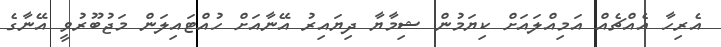
އެރިހާ އެއްޗެއް އަމިއްލައަށް ކިޔަމުން ޝިމާޔާ ދިޔައިރު އޭނާއަށް ހުއްޓައިލަން މަޖުބޫރުވީ އޭނާގެ